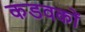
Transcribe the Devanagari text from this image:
कडवकों